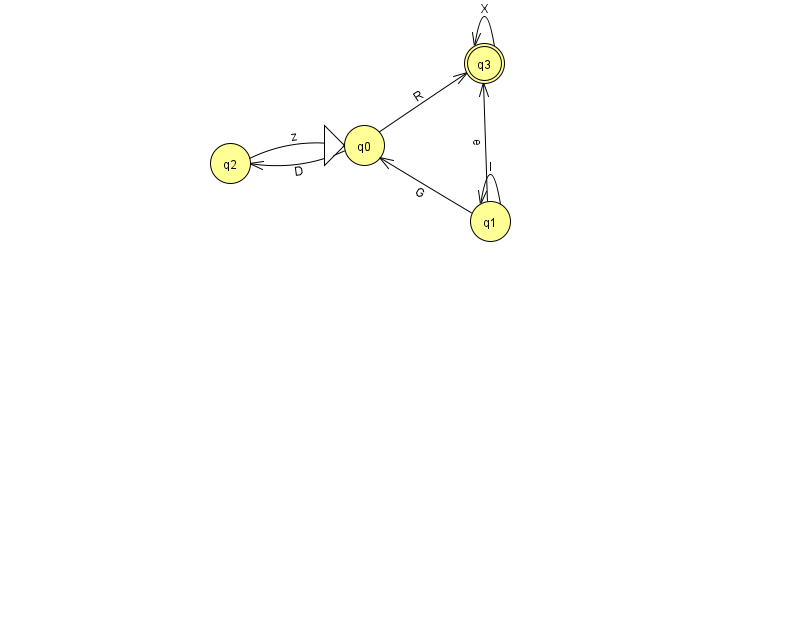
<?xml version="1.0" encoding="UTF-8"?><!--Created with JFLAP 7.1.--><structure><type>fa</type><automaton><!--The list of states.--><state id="0" name="q0"><x>364.0</x><y>132.0</y><initial/></state><state id="1" name="q1"><x>490.0</x><y>208.0</y></state><state id="2" name="q2"><x>230.0</x><y>150.0</y></state><state id="3" name="q3"><x>484.0</x><y>50.0</y><final/></state><!--The list of transitions.--><transition><from>1</from><to>3</to><read>e</read></transition><transition><from>0</from><to>2</to><read>D</read></transition><transition><from>3</from><to>3</to><read>X</read></transition><transition><from>2</from><to>0</to><read>z</read></transition><transition><from>1</from><to>1</to><read>l</read></transition><transition><from>0</from><to>3</to><read>R</read></transition><transition><from>1</from><to>0</to><read>G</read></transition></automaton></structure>